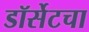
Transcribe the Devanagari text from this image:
डॉर्सेटचा